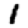
Digit: 1